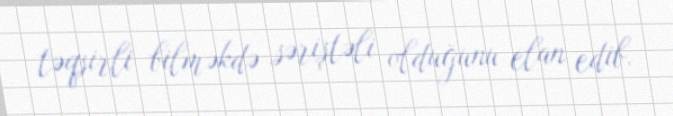
təqsirli bilməkdə səriştəli olduğunu elan edib.